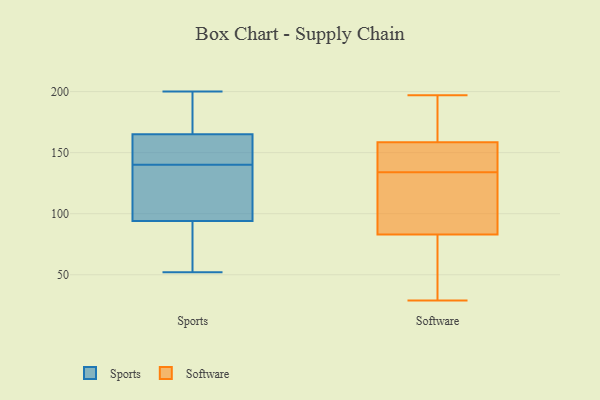
{"axis": {"x": "Satisfaction Score", "y": "Value"}, "legend": ["Software", "Sports"], "data": [{"x": "", "y": 138, "type": "Sports"}, {"x": "", "y": 117, "type": "Sports"}, {"x": "", "y": 94, "type": "Sports"}, {"x": "", "y": 142, "type": "Sports"}, {"x": "", "y": 165, "type": "Sports"}, {"x": "", "y": 171, "type": "Sports"}, {"x": "", "y": 52, "type": "Sports"}, {"x": "", "y": 200, "type": "Sports"}, {"x": "", "y": 145, "type": "Sports"}, {"x": "", "y": 83, "type": "Sports"}, {"x": "", "y": 152, "type": "Software"}, {"x": "", "y": 192, "type": "Software"}, {"x": "", "y": 65, "type": "Software"}, {"x": "", "y": 89, "type": "Software"}, {"x": "", "y": 178, "type": "Software"}, {"x": "", "y": 134, "type": "Software"}, {"x": "", "y": 102, "type": "Software"}, {"x": "", "y": 56, "type": "Software"}, {"x": "", "y": 148, "type": "Software"}, {"x": "", "y": 29, "type": "Software"}, {"x": "", "y": 144, "type": "Software"}, {"x": "", "y": 197, "type": "Software"}, {"x": "", "y": 103, "type": "Software"}]}